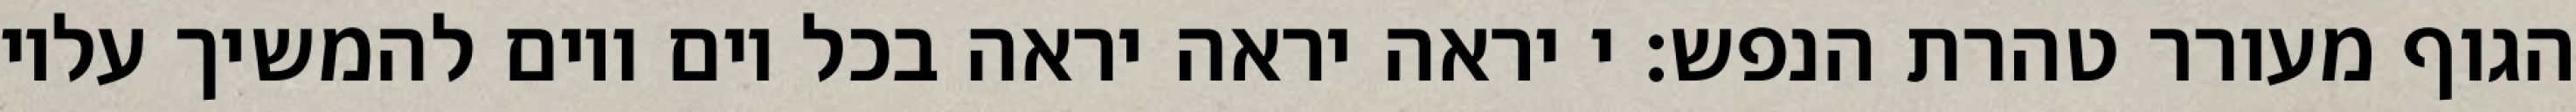
הגוף מעורר טהרת הנפש: י יראה יראה יראה בכל יום ויום להמשיך עליו